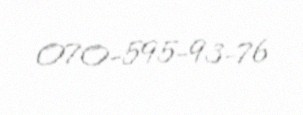
070-595-93-76